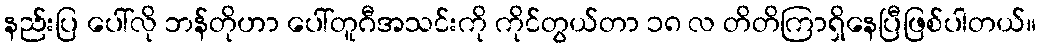
နည်းပြ ပေါ်လို ဘန်တိုဟာ ပေါ်တူဂီအသင်းကို ကိုင်တွယ်တာ ၁၈ လ တိတိကြာရှိနေပြီဖြစ်ပါတယ်။